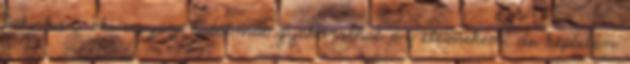
fakírhoz, aki ugyan hatalmat gyakorolhat az elemeken, de képtelen